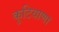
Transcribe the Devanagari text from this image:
कुटियाणा